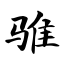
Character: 骓